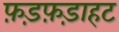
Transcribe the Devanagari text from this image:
फ़ड़फ़ड़ाहट